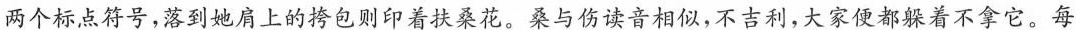
两个标点符号，落到她肩上的挎包则印着扶桑花。桑与伤读音相似，不吉利，大家便都躲着不拿它。每